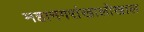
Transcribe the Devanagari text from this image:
महानगरांखालोखाल